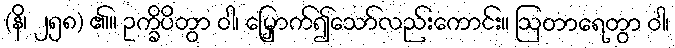
(နိ၊ ၂၅၈) ၏။ ဥက္ခိပိတွာ ဝါ၊ မြှောက်၍သော်လည်းကောင်း။ ဩတာရေတွာ ဝါ၊